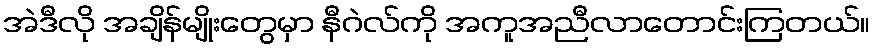
အဲဒီလို အချိန်မျိုးတွေမှာ နီဂဲလ်ကို အကူအညီလာတောင်းကြတယ်။